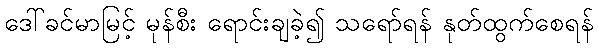
ဒေါ်ခင်မာမြင့် မုန်စီး ရောင်းချခဲ့၍ သရော်ရန် နုတ်ထွက်စေရန်